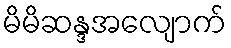
မိမိဆန္ဒအလျောက်